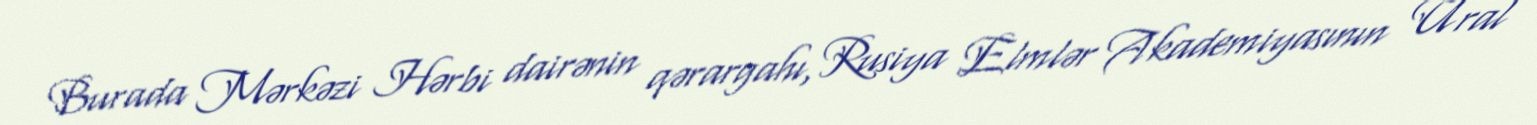
Burada Mərkəzi Hərbi dairənin qərargahı, Rusiya Elmlər Akademiyasının Ural